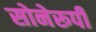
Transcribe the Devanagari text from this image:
सोनेरूपी